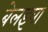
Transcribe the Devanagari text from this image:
बेलइया